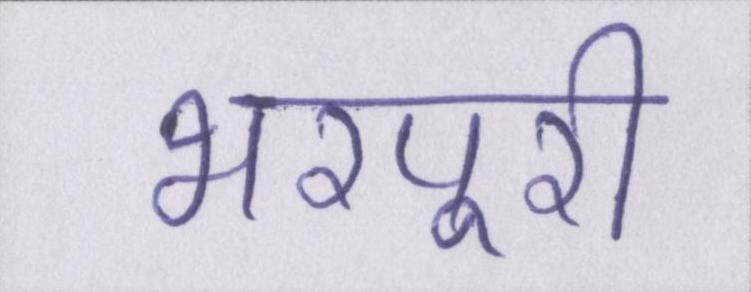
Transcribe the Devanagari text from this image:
भरपूरी